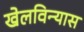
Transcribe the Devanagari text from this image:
खेलविन्यास